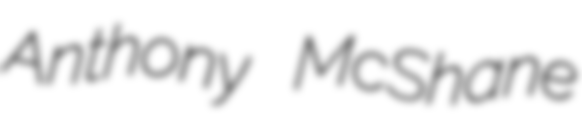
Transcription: Anthony McShane